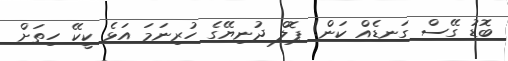
ބޮޑު ގޭސް ގަނޑެއް ކަން! ޕޮލް ދުނިޔޭގެ ހުރިނަމަ އަޅެ ކީކޭ ހިތަށް